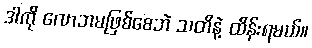
ဒါကို လောဘမဖြစ်စေဘဲ သတိနဲ့ ထိန်းရမယ်။